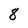
Character: 8